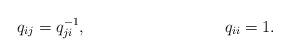
LaTeX: \begin{align*} &q_{ij}=q_{ji}^{-1}, &&q_{ii}=1.\end{align*}